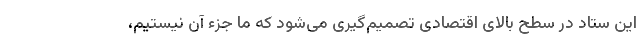
این ستاد در سطح بالای اقتصادی تصمیم‌گیری می‌شود که ما جزء آن نیستیم،